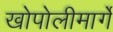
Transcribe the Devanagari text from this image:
खोपोलीमार्गे